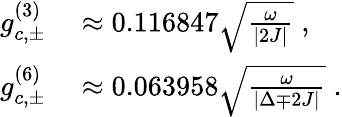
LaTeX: \begin{array}{rl}{g_{c,\pm}^{(3)}}&{{}\approx 0.116847\sqrt{\frac{\omega}{\vert{2J}\vert}}\; ,}\\ {g_{c,\pm}^{(6)}}&{{}\approx 0.063958\sqrt{\frac{\omega}{\vert{\Delta\mp 2J}\vert}}\; .}\end{array}